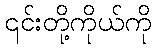
၎င်းတို့ကိုယ်ကို